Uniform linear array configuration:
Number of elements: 8
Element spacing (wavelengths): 0.25
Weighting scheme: cosine
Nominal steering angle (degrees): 15
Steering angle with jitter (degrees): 13.663
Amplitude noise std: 0.05
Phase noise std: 0.05

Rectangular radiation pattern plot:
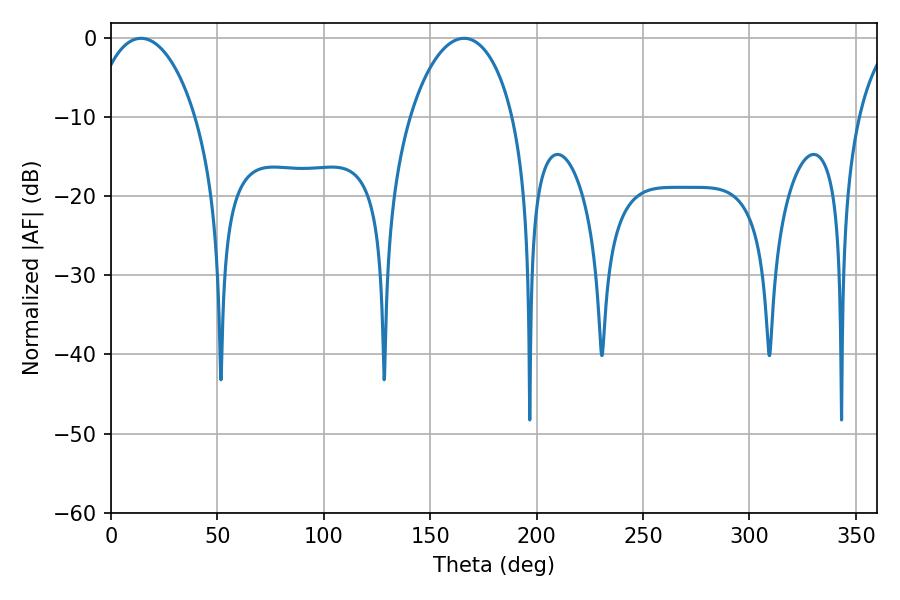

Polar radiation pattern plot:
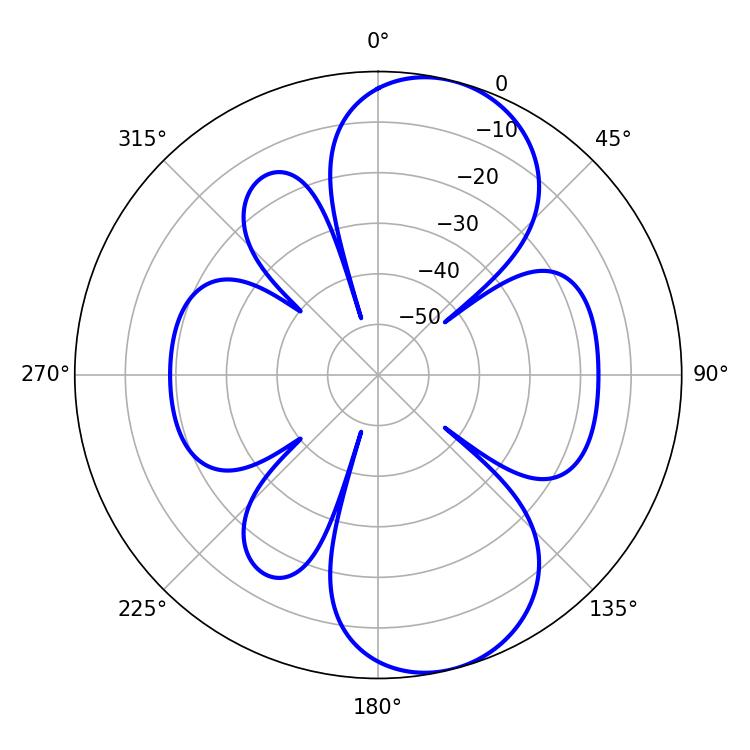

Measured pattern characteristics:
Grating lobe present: FALSE
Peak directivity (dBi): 8.944
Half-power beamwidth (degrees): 27.72
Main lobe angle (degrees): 14.04